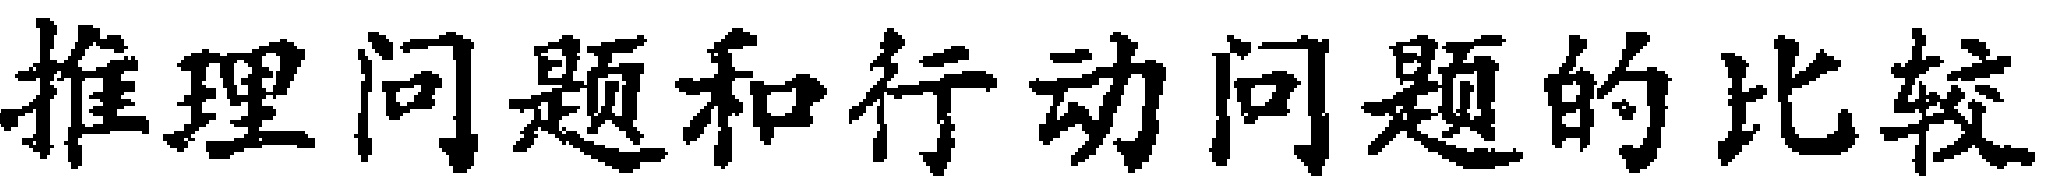
推理问题和行动问题的比较